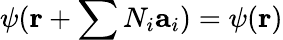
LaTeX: \psi(\mathbf{r}+\sum N_{i}\mathbf{a}_{i})=\psi(\mathbf{r})